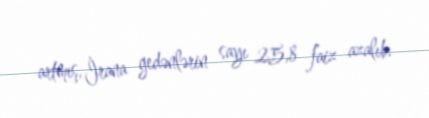
artmış, İrana gedənlərin sayı 25,8 faiz azalıb.